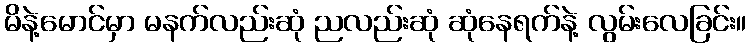
မိနဲ့မောင်မှာ မနက်လည်းဆုံ ညလည်းဆုံ ဆုံနေရက်နဲ့ လွမ်းလေခြင်း။